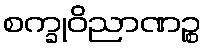
စက္ခုဝိညာဏဉ္စ